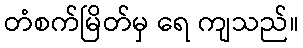
တံစက်မြိတ်မှ ရေ ကျသည်။